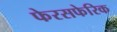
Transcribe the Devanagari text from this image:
फेरसफेरिक